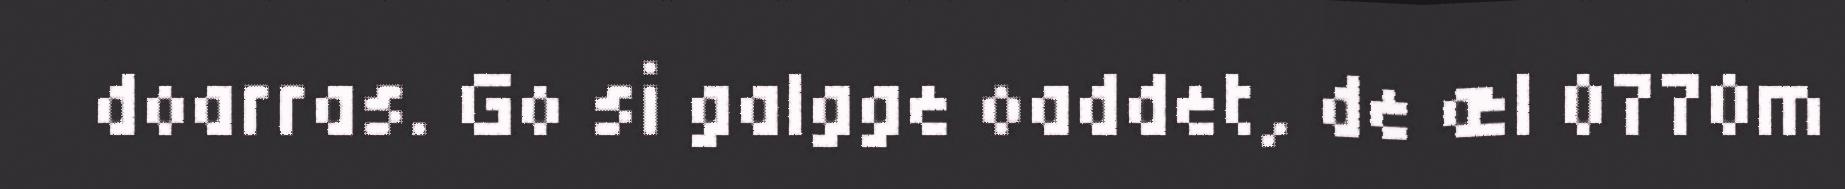
doarras. Go si galgge oaddet, de æl 0770m